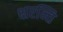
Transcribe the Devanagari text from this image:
क्षरन्ति